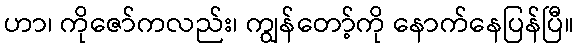
ဟာ၊ ကိုဇော်ကလည်း၊ ကျွန်တော့်ကို နောက်နေပြန်ပြီ။